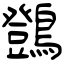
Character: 䳾